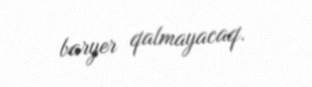
baryer qalmayacaq.